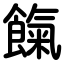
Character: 餼